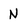
Character: N